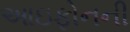
આઇફોનની